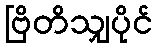
ဗြိတိသျှပိုင်